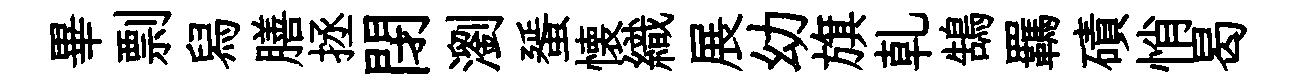
畢剽舄膳拯閉瀏蜑懐織展幼旗乹鵠羈磧悄曷